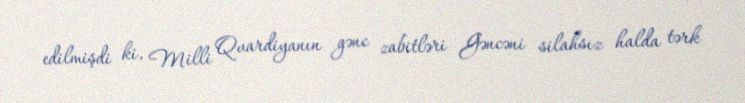
edilmişdi ki, Milli Qvardiyanın gənc zabitləri Gəncəni silahsız halda tərk